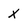
Character: x